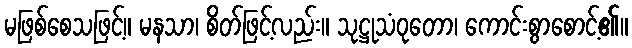
မဖြစ်စေသဖြင့်။ မနသာ၊ စိတ်ဖြင့်လည်း။ သုဋ္ဌုသံဝုတော၊ ကောင်းစွာစောင့်၏။